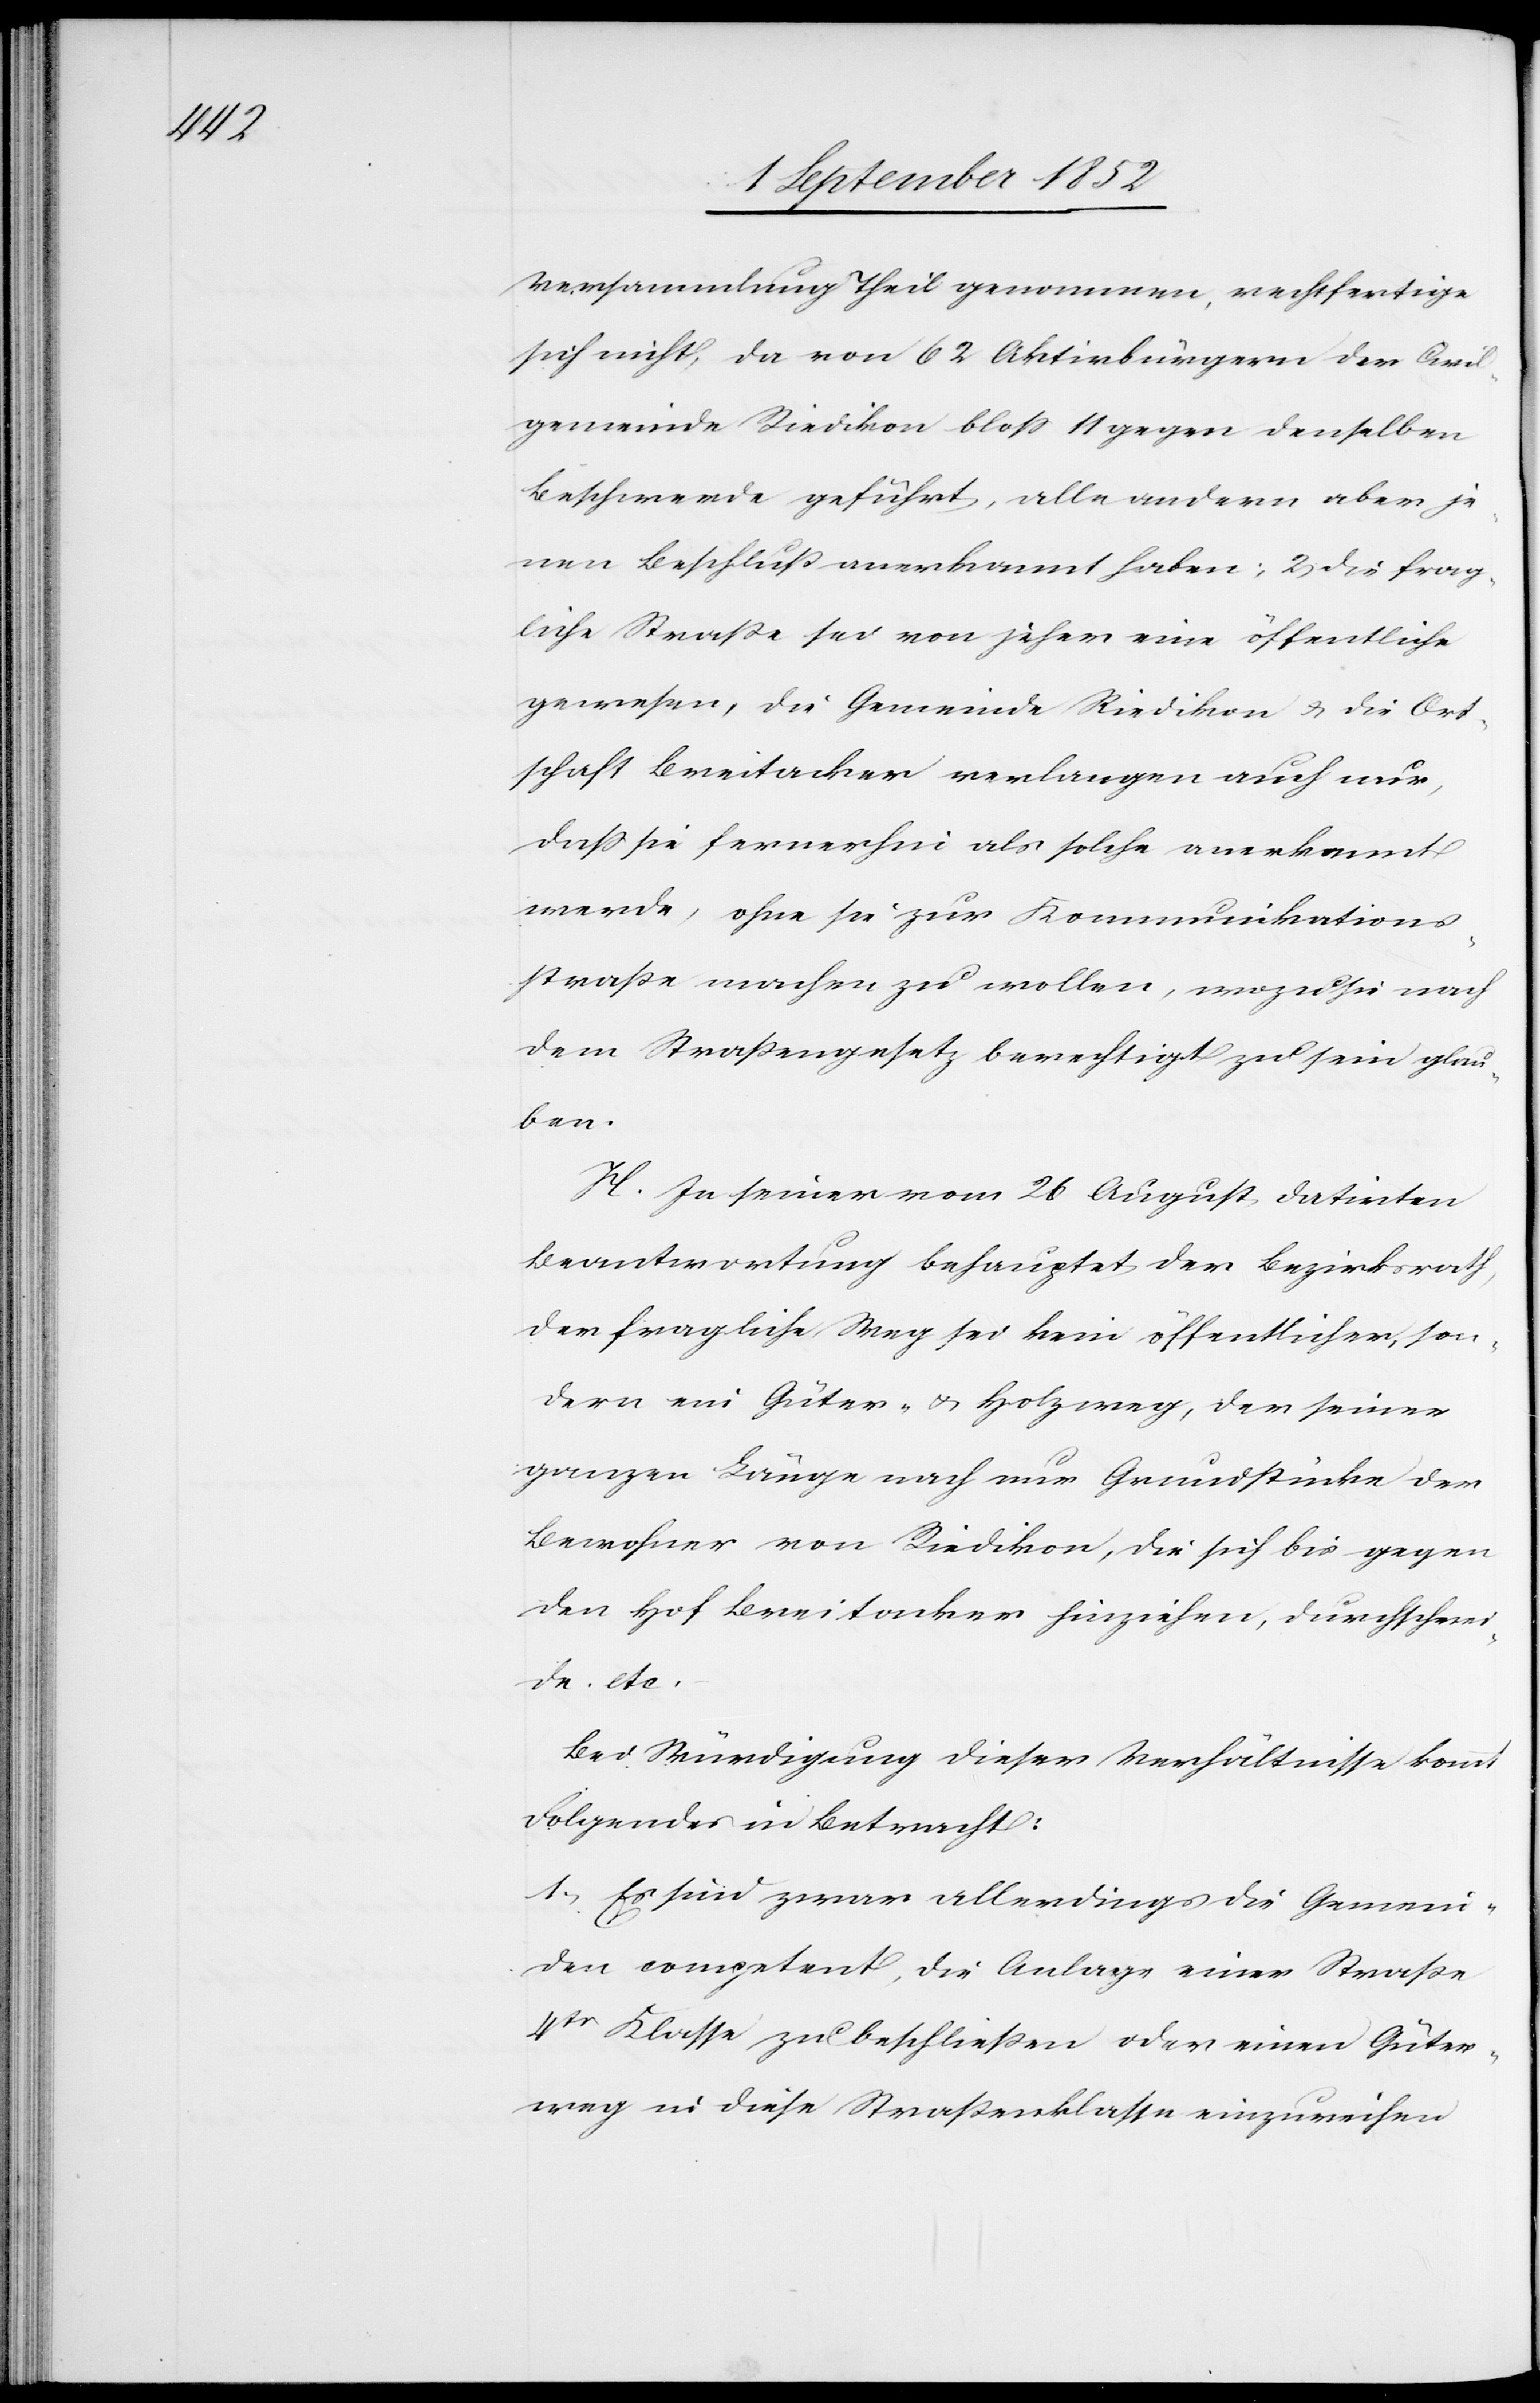
Versammlung Theil genommen, rechtfertige
sich nicht, da von 62 Aktivbürgern der Civil¬
gemeinde Riedikon bloss 11 gegen denselben
Beschwerde geführt, alle andern aber je¬
nen Beschluß anerkannt haben; 2, die frag¬
liche Straße sei von jeher eine öffentliche
gewesen, die Gemeinde Riedikon & die Ort¬
schaft Breitacker verlangen auch nur,
dass sie fernerhin als solche anerkannt
werde, ohne sie zur Kommunikations¬
straße machen zu wollen, wozu sie nach
dem Straßengesetz berechtigt zu sein glau¬
ben.
H. In seiner vom 26 August datirten
Beantwortung behauptet der Bezirksrath,
der fragliche Weg sei kein öffentlicher, son¬
dern ein Güter- & Holzweg, der seiner
ganzen Länge nach nur Grundstücke der
Bewohner von Riedikon, die sich bis gegen
den Hof Breitacker hinziehen, durchschnei¬
de. etc.
Bei Würdigung dieser Verhältnisse kommt
Folgendes in Betracht:
1, Es sind zwar allerdings die Gemein¬
den competent, die Anlage einer Straße
4tr Klasse zu beschließen oder einen Güter¬
weg in diese Straßenklasse einzureihen